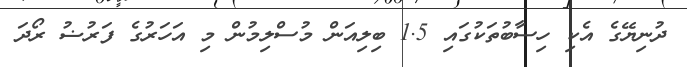
ދުނިޔޭގެ އެކި ހިސާބުތަކުގައި 1.5 ބިލިއަން މުސްލިމުން މި އަހަރުގެ ފަރުޟު ރޯދަ